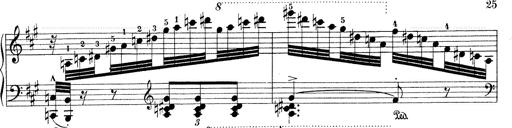
Title: Mephisto Waltz No.1
Composer: Franz Liszt